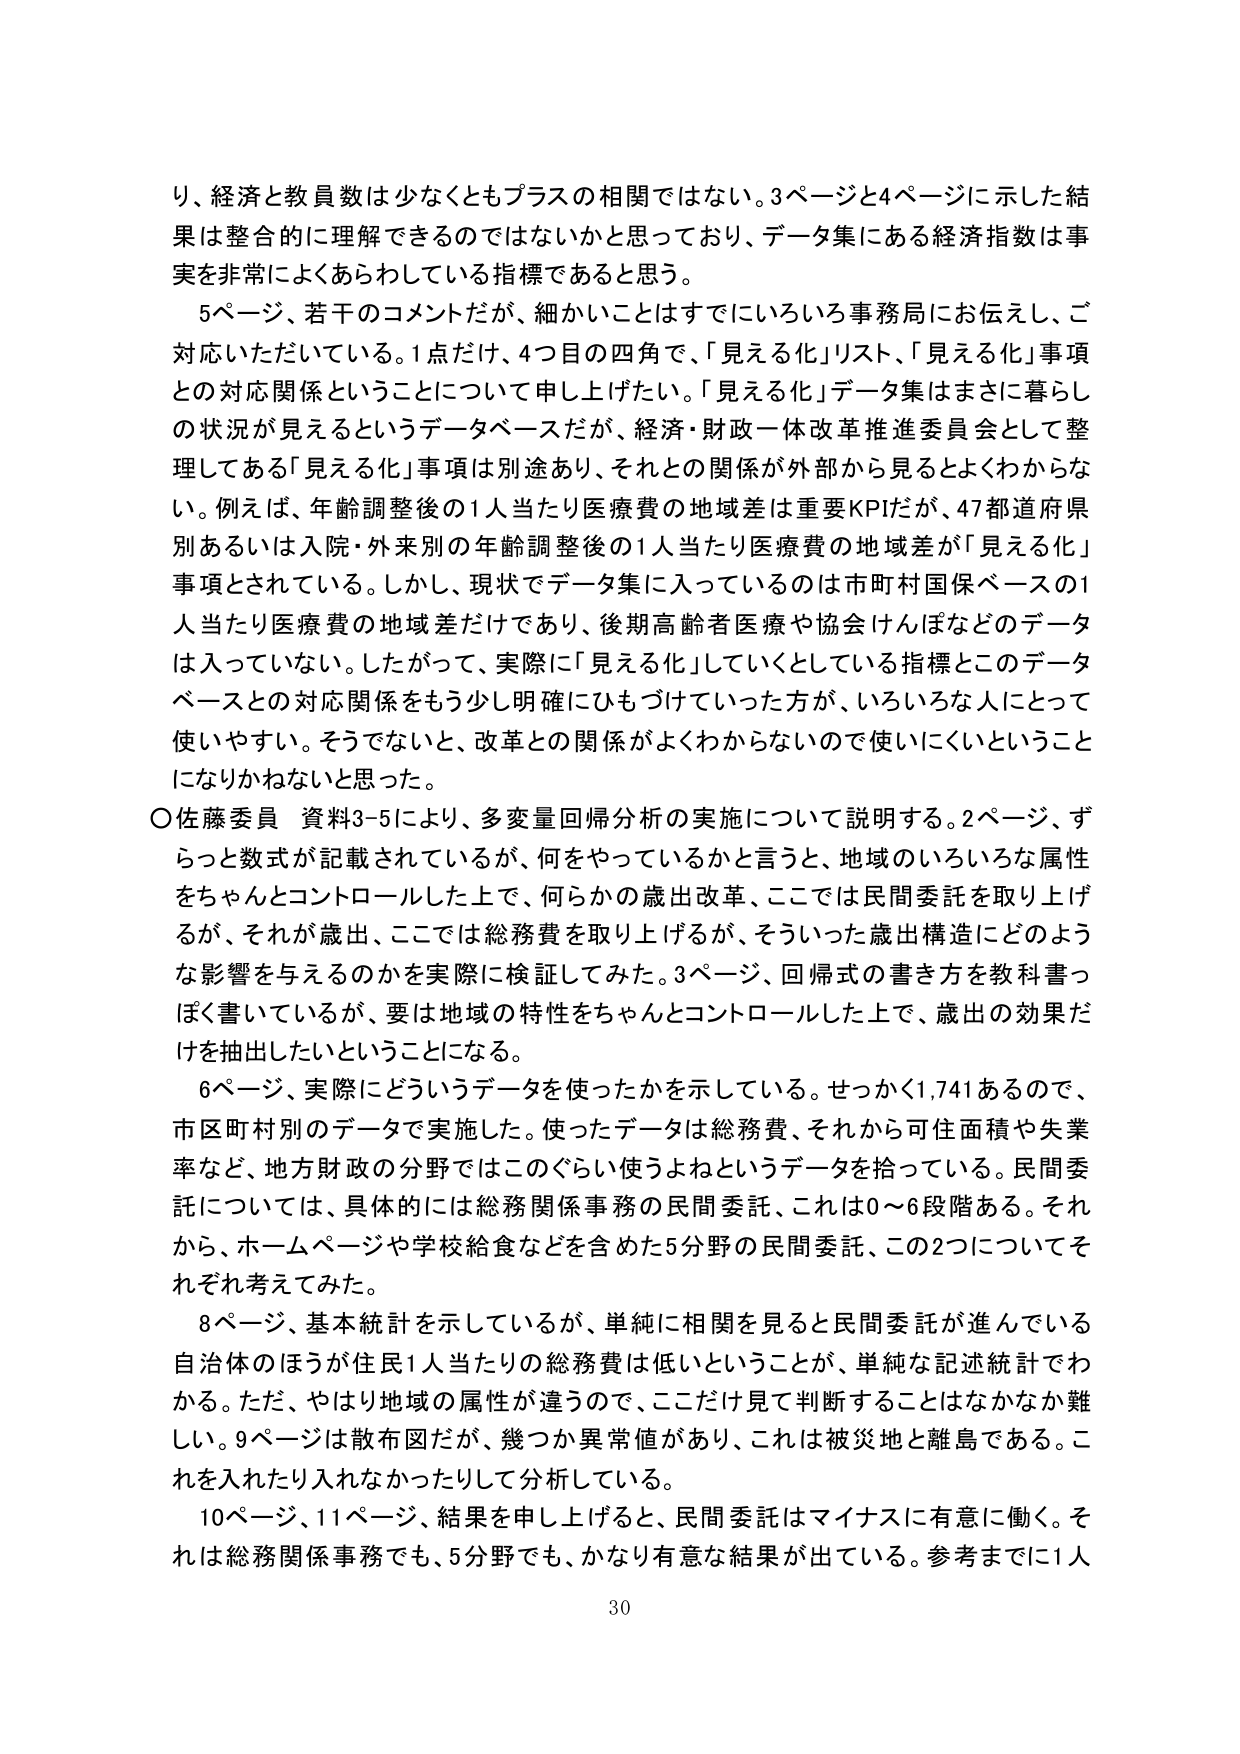
り、経済と教員数は少なくともプラスの相関ではない。3ページと4ページに示した結果は整合的に理解できるのではないかと思っており、データ集にある経済指数は事実を非常によくあらわしている指標であると思う。

5ページ、若干のコメントだが、細かいことはすでにいろいろ事務局にお伝えし、ご対応いただいている。1点だけ、4つ目の四角で、「見える化」リスト、「見える化」事項との対応関係ということについて申し上げたい。「見える化」データ集はまさに暮らしの状況が見えるというデータベースだが、経済・財政一体改革推進委員会として整理してある「見える化」事項は別途あり、それとの関係が外部から見るとよくわからない。例えば、年齢調整後の1人当たり医療費の地域差は重要KPIだが、47都道府県別あるいは入院・外来別の年齢調整後の1人当たり医療費の地域差が「見える化」事項とされている。しかし、現状でデータ集に入っているのは市町村国保ベースの1人当たり医療費の地域差だけであり、後期高齢者医療や協会けんぽなどのデータは入っていない。したがって、実際に「見える化」していくとしている指標とこのデータベースとの対応関係をもう少し明確にひもづけていった方が、いろいろな人にとって使いやすい。そうでないと、改革との関係がよくわからないので使いにくいということになりかねないと思った。

○佐藤委員 資料3-5により、多変量回帰分析の実施について説明する。2ページ、ずらっと数式が記載されているが、何をやっているかと言うと、地域のいろいろな属性をちゃんとコントロールした上で、何らかの歳出改革、ここでは民間委託を取り上げるが、それが歳出、ここでは総務費を取り上げるが、そういった歳出構造にどのような影響を与えるのかを実際に検証してみた。3ページ、回帰式の書き方を教科書っぽく書いているが、要は地域の特性をちゃんとコントロールした上で、歳出の効果だけを抽出したいということになる。

6ページ、実際にどういうデータを使ったかを示している。せっかく1,741あるので、市区町村別のデータで実施した。使ったデータは総務費、それから可住面積や失業率など、地方財政の分野ではこのぐらい使うよねというデータを拾っている。民間委託については、具体的には総務関係事務の民間委託、これは0～6段階ある。それから、ホームぺージや学校給食などを含めた5分野の民間委託、この2つについてそれぞれ考えてみた。

8ページ、基本統計を示しているが、単純に相関を見ると民間委託が進んでいる自治体のほうが住民1人当たりの総務費は低いということが、単純な記述統計でわかる。ただ、やはり地域の属性が違うので、ここだけ見て判断することはなかなか難しい。9ページは散布図だが、幾つか異常値があり、これは被災地と離島である。これを入れたり入れなかったりして分析している。

10ページ、11ページ、結果を申し上げると、民間委託はマイナスに有意に働く。それは総務関係事務でも、5分野でも、かなり有意な結果が出ている。参考までに1人

30